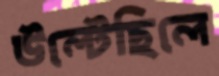
উল্‌টেছিলে